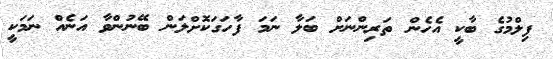
ފިލްމުގެ ބާކީ އެހެން ތަރިންނަށް ބަލާ ނަމަ ފާހަގަކޮށްލަން ބޭނުންވާ އަނެއް ނަމަކީ